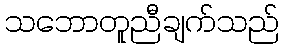
သဘောတူညီချက်သည်